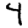
Digit: 4